Summary of further report on surra
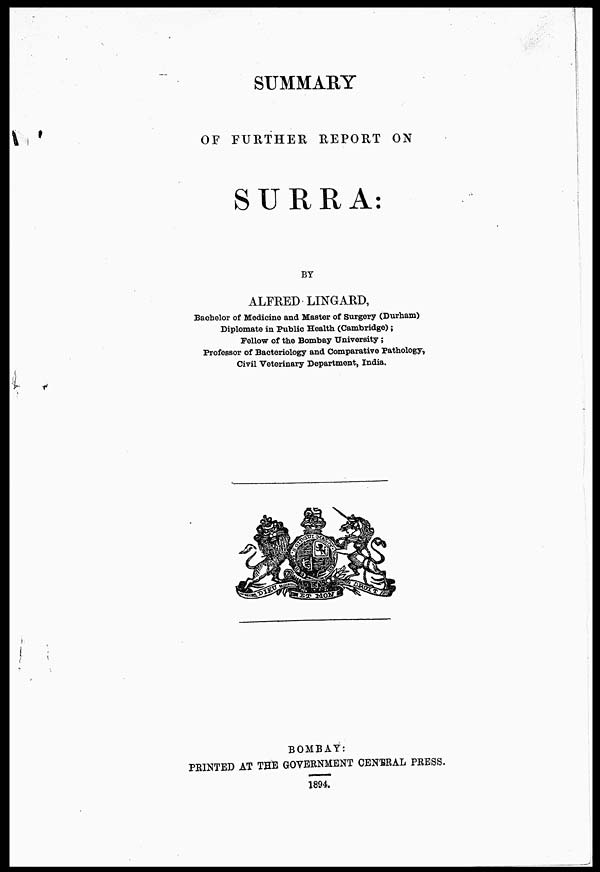
SUMMARY
OF FURTHER REPORT ON
SURRA:
BY
ALFRED LINGARD,
Bachelor of Medicine and Master of Surgery (Durham)
Diplomate in Public Health (Cambridge);
Fellow of the Bombay University;
Professor of Bacteriology and Comparative Pathology,
Civil Veterinary Department, India.
BOMBAY:
PRINTED AT THE GOVERNMENT CENBRAL PRESS.
1894.